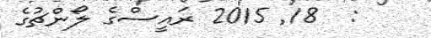
:  18